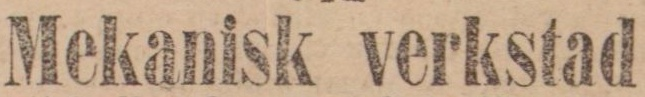
Mekanisk verkstad